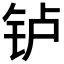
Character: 𬬻